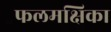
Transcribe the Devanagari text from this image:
फलमक्षिका